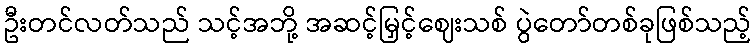
ဦးတင်လတ်သည် သင့်အဘို့ အဆင့်မြှင့်ဈေးသစ် ပွဲတော်တစ်ခုဖြစ်သည့်